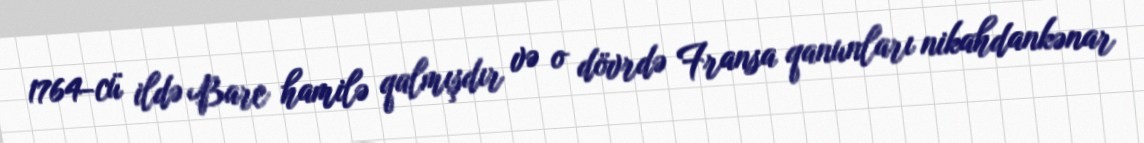
1764-cü ildə Bare hamilə qalmışdır və o dövrdə Fransa qanunları nikahdankənar